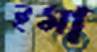
ইমা